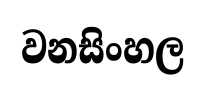
වනසිංහල